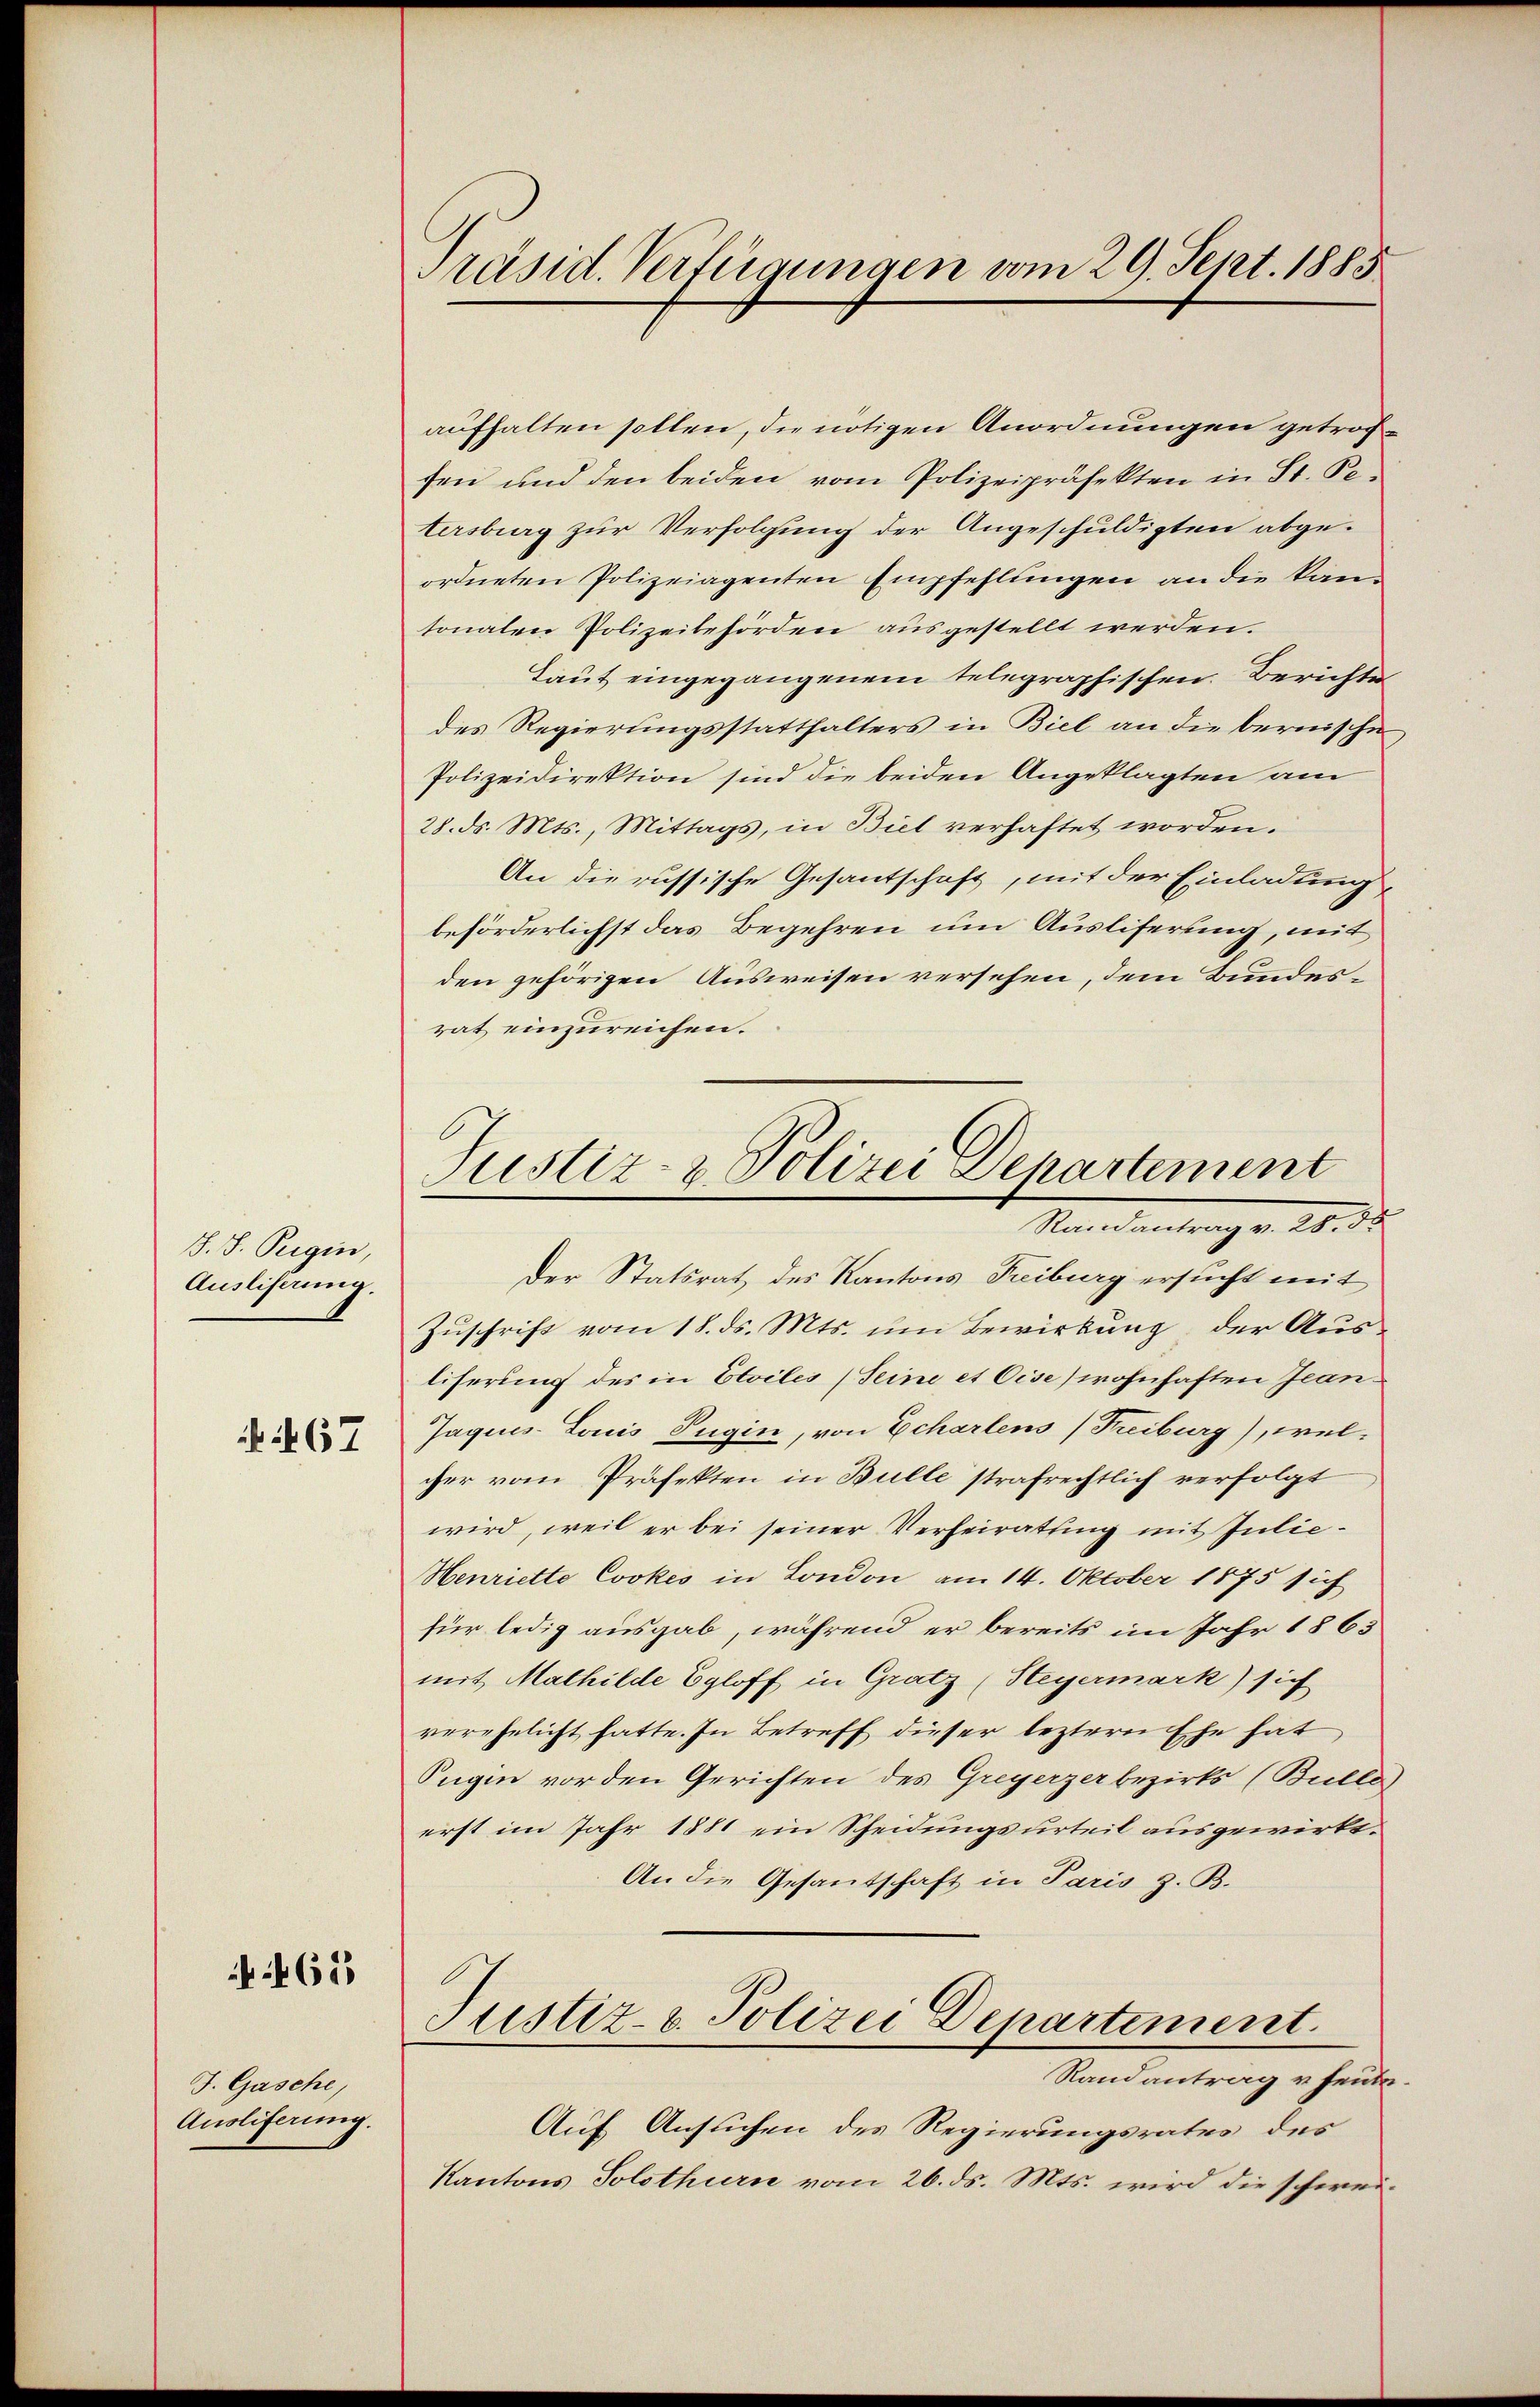
S. S. Peigin,
Ausliserung.
 . 67

625

J. Gasche,
Ausliferung.

Präsid. Verfügungen vom 29. Sept. 1885

aufhalten sollen, die nötigen Anordnungen getroffen und den beiden vom Polizeipräfekten in St. Pe
tersberg zur Verfolgung der Angeschuldigten abgeordneten Polizeiagenten Empfehlŭngen an die kan
sonalen Polizeibehörden ausgestellt werden.
Laut eingegangenem telegraphischen. Berichte
des Regierungsstatthalters in Biel an die bernische
Polizeidirektion sind die beiden Angeklagten am
28. d. Mts., Mittags, in Biel verhaftet worden.
An die russische Gesantschaft, mit der Einladung
beförderlichst das Begehren um Auslieferung, mit
den gehörigen Ausweisen versehen, dem Bundesrat einzureichen.
Zuschrift vom 18. ds. Mts. um Bewirkung der Aus-
liserung des in Etoiles (Seine et Cise wohnhaften Jean¬
Jaques Louis Tugin, von Echartens (Freiburg), wel-
cher vom Präfekten in Bulle strafrechtlich verfolgt
wird, weil er bei seiner Verheiratung mit Julie¬
Henriette Cookes in London am 14. Oktober 1875 sich
für ledig ausgab, während er bereits im Jahr 1865
mit Mathilde Egloff in Gratz (Steyermark) sich
verehelicht hatte. In Betreff dieser leztern Ehe hat
Sugin vor den Gerichten des Greyerzer bezirks (Bulle)
erst im Jahr 1881 ein Scheidungsurteil ausgewirkt¬
An die Gesandschaft in Paris z. B.
Justiz- & Polizei Departement.
Randantrag u. heute.
Auf Ansuchen des Regierungsrates des
Kantons Solothurn vom 26. ds. Mts. wird die schwei¬

Justiz- & Polizei Departement
Mo . . . . . . . .
Der Statsrat des Kantons Treiburg ersucht mit